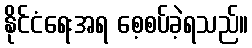
နိုင်ငံရေးအရ စေ့စပ်ခဲ့ရသည်။